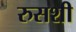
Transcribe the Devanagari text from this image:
रुसशी